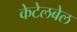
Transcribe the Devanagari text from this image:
केटेलबेल